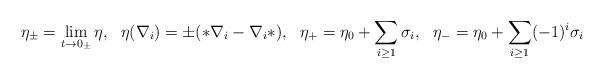
LaTeX: \begin{align*}\eta_{\pm}=\lim_{t\rightarrow 0_{\pm}} \eta, \ \ \eta(\nabla_i)=\pm(*\nabla_i-\nabla_i*),\ \ \eta_+=\eta_0+\sum_{i\ge 1}\sigma_i, \ \ \eta_-=\eta_0+\sum_{i\ge 1}(-1)^i\sigma_i \end{align*}